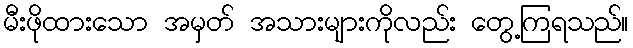
မီးဖိုထားသော အမှတ် အသားများကိုလည်း တွေ့ကြရသည်။